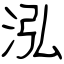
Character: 泓